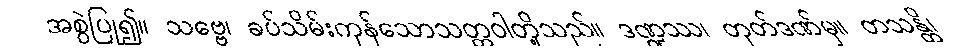
အစွဲပြု၍။ သဗ္ဗေ၊ ခပ်သိမ်းကုန်သောသတ္တဝါတို့သည်။ ဒဏ္ဍဿ၊ တုတ်ဒဏ်မှ။ တသန္တိ၊